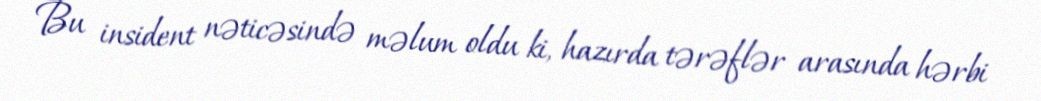
Bu insident nəticəsində məlum oldu ki, hazırda tərəflər arasında hərbi